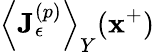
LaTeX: \left\langle\mathbf{J}_{\epsilon}^{(p)}\right\rangle_{Y}(\mathbf{x}^{+})